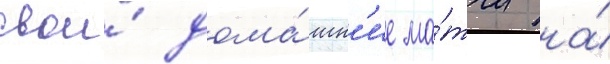
свои́ дома́шн'ие ма́тчи на́